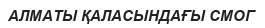
АЛМАТЫ ҚАЛАСЫНДАҒЫ СМОГ